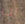
لك